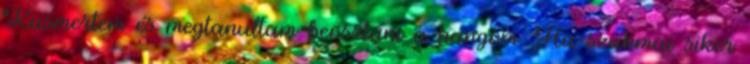
Kiismertem és megtanultam beosztani a hangom. Ha szakmai siker